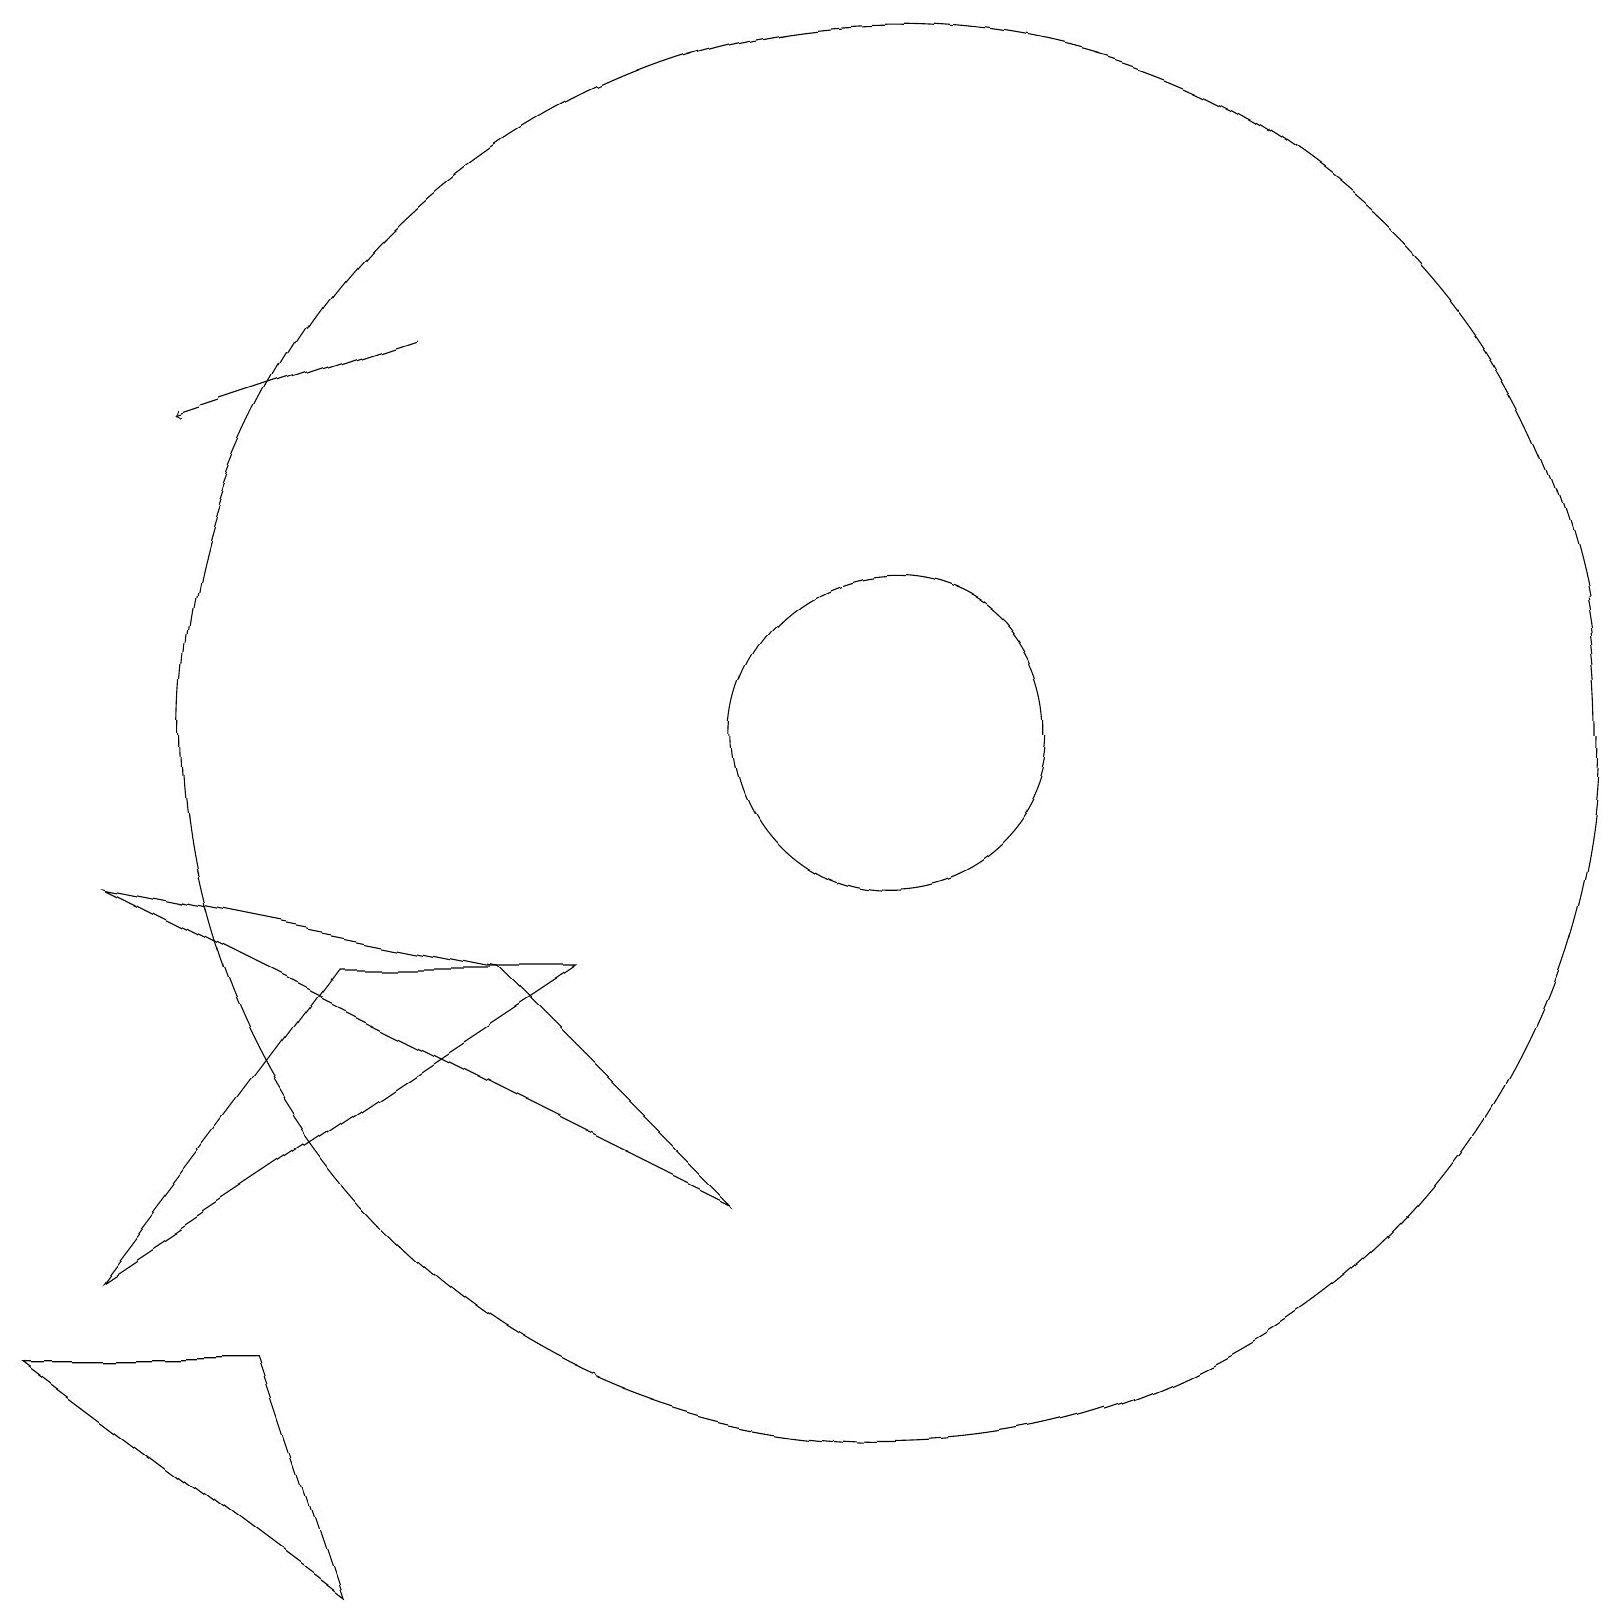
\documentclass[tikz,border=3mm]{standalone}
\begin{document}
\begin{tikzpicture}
\draw (6,8) -- (9,5) -- (1,9) -- cycle;
\draw (11,11) circle (0);
\draw (4,0) -- (0,3) -- (3,3) -- cycle;
\draw (11,11) circle (2);
\draw (11,11) circle (9);
\draw (4,8) -- (1,4) -- (7,8) -- cycle;
\draw[->] (5,16) -- (2,15);
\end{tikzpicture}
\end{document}